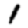
Digit: 1